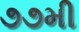
૭૭મી